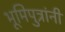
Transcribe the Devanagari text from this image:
भूमिपुत्रांनी